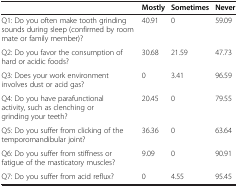
<table><thead><tr><td><b> </b></td><td><b>Mostly</b></td><td><b>Sometimes</b></td><td><b>Never</b></td></tr></thead><tbody><tr><td>Q1: Do you often make tooth grinding sounds during sleep (confirmed by room mate or family member)?</td><td>40.91</td><td>0</td><td>59.09</td></tr><tr><td>Q2: Do you favor the consumption of hard or acidic foods?</td><td>30.68</td><td>21.59</td><td>47.73</td></tr><tr><td>Q3: Does your work environment involves dust or acid gas?</td><td>0</td><td>3.41</td><td>96.59</td></tr><tr><td>Q4: Do you have parafunctional activity, such as clenching or grinding your teeth?</td><td>20.45</td><td>0</td><td>79.55</td></tr><tr><td>Q5: Do you suffer from clicking of the temporomandibular joint?</td><td>36.36</td><td>0</td><td>63.64</td></tr><tr><td>Q6: Do you suffer from stiffness or fatigue of the masticatory muscles?</td><td>9.09</td><td>0</td><td>90.91</td></tr><tr><td>Q7: Do you suffer from acid reflux?</td><td>0</td><td>4.55</td><td>95.45</td></tr></tbody></table>